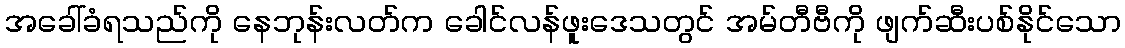
အခေါ်ခံရသည်ကို နေဘုန်းလတ်က ခေါင်လန်ဖူးဒေသတွင် အမ်တီဗီကို ဖျက်ဆီးပစ်နိုင်သော